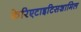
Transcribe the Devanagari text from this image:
केरिएटाइटिसशामिल